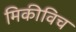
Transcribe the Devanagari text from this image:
मिकीविच